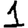
Digit: 1